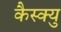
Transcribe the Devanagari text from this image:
कैस्क्यु